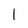
Character: 1